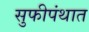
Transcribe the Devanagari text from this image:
सुफीपंथात